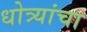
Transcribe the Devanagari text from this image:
धोत्र्यांचा